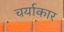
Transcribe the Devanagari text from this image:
चर्याकार